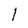
Character: I